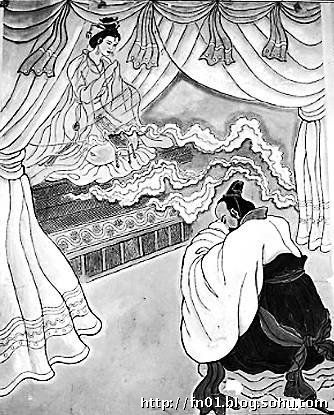
小人者其未得也，则忧不得既已得之，又恐失之。是以有终身之忧，无一日之乐也。